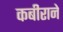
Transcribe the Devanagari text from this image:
कबीराने